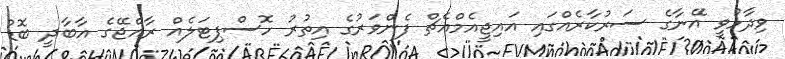
ވިދާޅުވީ އޭނާގެ ސަރުކާރެއްގައި އައިޖީއެމްއެޗް ފެންވަރުގެ އިތުރު ހޮސްޕިޓަލެއް ރާއްޖޭގެ އާބާދީ ބޮޑު